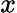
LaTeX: \mathcal{x}